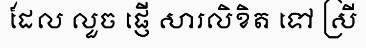
ដែល លួច ផ្ញើ សារលិខិត ទៅ ស្រី